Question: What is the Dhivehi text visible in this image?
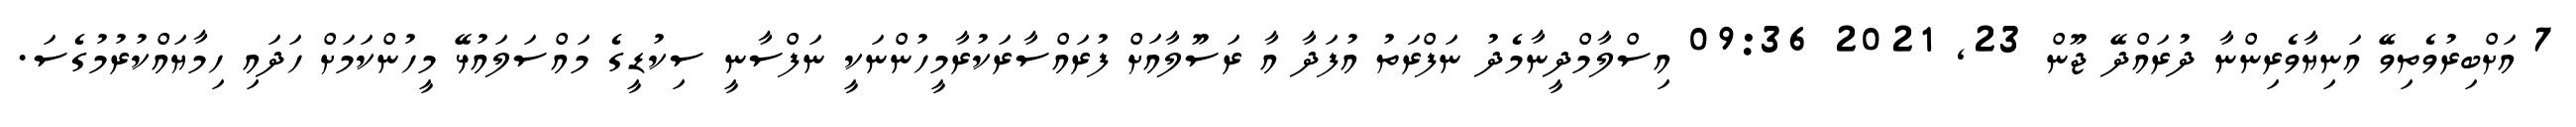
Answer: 7 އަށްބިރުވެތިވޭ އަނިޔާވެރިންނާ ދުރައްދޭ ޖޫން 23, 2021 09:36 އިސްލާމްދީނާމެދު ނަފްރަތު އުފަދާ އާ ރަސޫލާއަށް ފުރައްސާރަކުރާމީހުންނަކީ ނަފްސާނީ ސިކުޑީގެ މައްސަލައުޅޭ މީހުންކަމަށް ހަދައި ހިމާޔައްކުރުމުގެސަ.